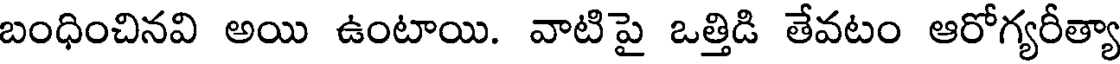
బంధించినవి అయి ఉంటాయి. వాటిపై ఒత్తిడి తేవటం ఆరోగ్యరీత్యా